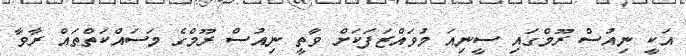
އަކީ ނިއުސް ރޫމްގައި ސީނިއަ މުވައްޒަފަކަށް ވާތީ ނިއުސް ރޫމްގެ މަސައްކަތްތައް ރާވާ